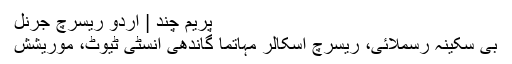
پریم چند | اردو ریسرچ جرنل
بی سکینہ رسملائی، ریسرچ اسکالر مہاتما گاندھی انسٹی ٹیوٹ، موریشش